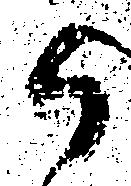
候